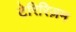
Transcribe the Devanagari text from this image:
टेरिरिज़म